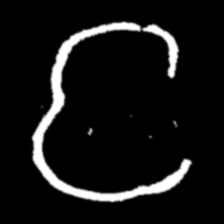
Pyu character \u2014 Myanmar letter: င (romanized: nga)